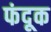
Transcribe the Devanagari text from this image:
फंदूक